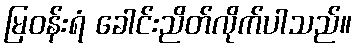
မြဝန်းရံ ခေါင်းညိတ်လိုက်ပါသည်။